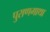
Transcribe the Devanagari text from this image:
पुराणगाथा